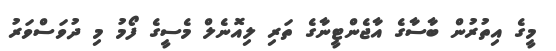
މީގެ އިތުރުން ބާސާގެ އާޖެންޓީނާގެ ތަރި ލިއޮނެލް މެސީގެ ފޯމު މި ދުވަސްވަރު